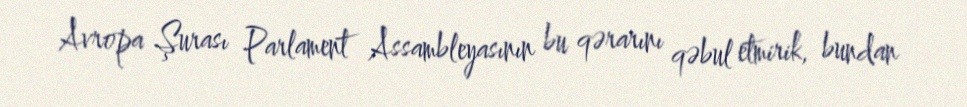
Avropa Şurası Parlament Assambleyasının bu qərarını qəbul etmirik, bundan